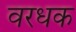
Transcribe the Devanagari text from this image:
वरधक